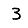
Digit: 3